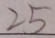
2 5